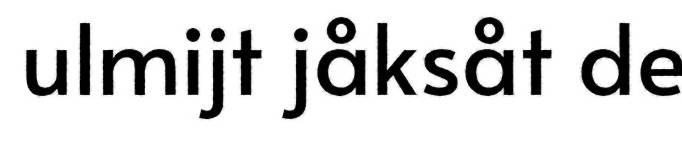
ulmijt jåksåt de